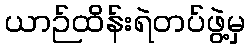
ယာဉ်ထိန်းရဲတပ်ဖွဲ့မှ